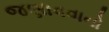
જણાવવાનો